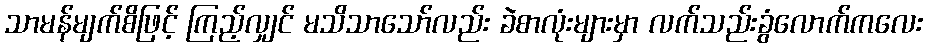
သာမန်မျက်စိဖြင့် ကြည့်လျှင် မသိသာသော်လည်း ခဲစာလုံးများမှာ လက်သည်းခွံလောက်ကလေး